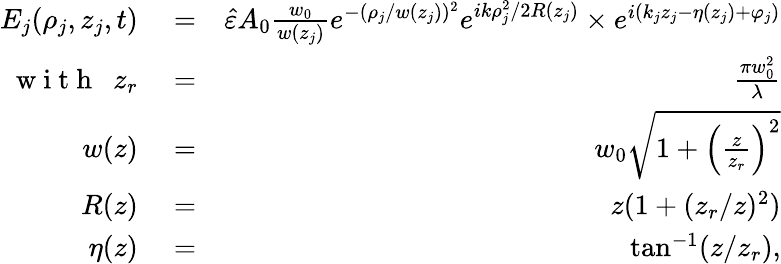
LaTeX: \begin{array}{rlr}{E_{j}(\rho_{j},z_{j},t)}&{{}=}&{\hat{\varepsilon}A_{0}\frac{w_{0}}{w(z_{j})}e^{-(\rho_{j}/w(z_{j}))^{2}}e^{ik\rho_{j}^{2}/2R(z_{j})}\times e^{i(k_{j}z_{j}-\eta(z_{j})+\varphi_{j})}}\\ {\mathrm{~w~i~t~h~}~~z_{r}}&{{}=}&{\frac{\pi w_{0}^{2}}{\lambda}}\\ {w(z)}&{{}=}&{w_{0}\sqrt{1+\left(\frac{z}{z_{r}}\right)^{2}}}\\ {R(z)}&{{}=}&{z(1+(z_{r}/z)^{2})}\\ {\eta(z)}&{{}=}&{\tan^{-1}(z/z_{r}),}\end{array}